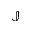
\mathbb { J }